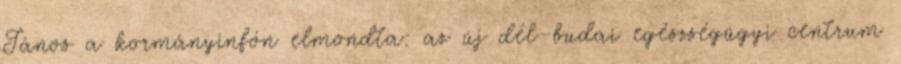
János a kormányinfón elmondta: az új dél-budai egészségügyi centrum